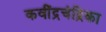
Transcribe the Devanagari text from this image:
कवींद्रचंद्रिका